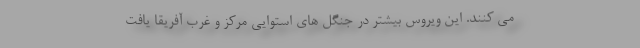
می کنند. این ویروس بیشتر در جنگل های استوایی مرکز و غرب آفریقا یافت